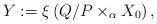
LaTeX: \begin{align*}Y:=\xi\left(Q/P\times_{\alpha}X_{0}\right),\end{align*}